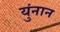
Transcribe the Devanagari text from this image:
युंनान